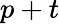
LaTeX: p+t